Annual administration report of the Bombay Presidency - 1887-1892
Year: 1887
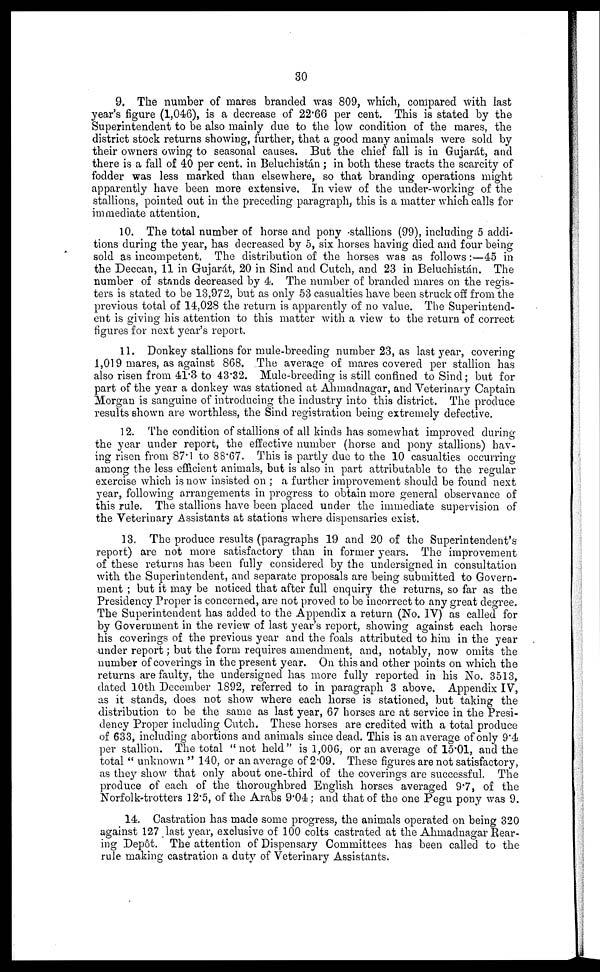
30
9. The number of mares branded was 809, which, compared with last
year's figure (1,046), is a decrease of 22.66 per cent. This is stated by the
Superintendent to be also mainly due to the low condition of the mares, the
district stock returns showing, further, that a good many animals were sold by
their owners owing to seasonal causes. But the chief fall is in Gujarát, and
there is a fall of 40 per cent. in Beluchistán; in both these tracts the scarcity of
fodder was less marked than elsewhere, so that branding operations might
apparently have been more extensive. In view of the under-working of the
stallions, pointed out in the preceding paragraph, this is a matter which calls for
immediate attention.
10. The total number of horse and pony stallions (99), including 5 addi-
tions during the year, has decreased by 5, six horses having died and four being
sold as incompetent. The distribution of the horses was as follows:—45 in
the Deccan, 11 in Gujarát, 20 in Sind and Cutch, and 23 in Beluchistán. The
number of stands decreased by 4. The number of branded mares on the regis-
ters is stated to be 13,972, but as only 53 casualties have been struck off from the
previous total of 14,028 the return is apparently of no value. The Superintend-
ent is giving his attention to this matter with a view to the return of correct
figures for next year's report.
11. Donkey stallions for mule-breeding number 23, as last year, covering
1,019 mares, as against 868. The average of mares covered per stallion has
also risen from 41.3 to 43.32. Mule-breeding is still confined to Sind; but for
part of the year a donkey was stationed at Ahmadnagar, and Veterinary Captain
Morgan is sanguine of introducing the industry into this district. The produce
results shown are worthless, the Sind registration being extremely defective.
12. The condition of stallions of all kinds has somewhat improved during
the year under report, the effective number (horse and pony stallions) hav-
ing risen from 87.1 to 88.67. This is partly due to the 10 casualties occurring
among the less efficient animals, but is also in part attributable to the regular
exercise which is now insisted on; a further improvement should be found next
year, following arrangements in progress to obtain more general observance of
this rule. The stallions have been placed under the immediate supervision of
the Veterinary Assistants at stations where dispensaries exist.
13. The produce results (paragraphs 19 and 20 of the Superintendent's
report) are not more satisfactory than in former years. The improvement
of these returns has been fully considered by the undersigned in consultation
with the Superintendent, and separate proposals are being submitted to Govern-
ment; but it may be noticed that after full enquiry the returns, so far as the
Presidency Proper is concerned, are not proved to be incorrect to any great degree.
The Superintendent has added to the Appendix a return (No. IV) as called for
by Government in the review of last year's report, showing against each horse
his coverings of the previous year and the foals attributed to him in the year
under report; but the form requires amendment, and, notably, now omits the
number of coverings in the present year. On this and other points on which the
returns are faulty, the undersigned has more fully reported in his No. 3513,
dated 10th December 1892, referred to in paragraph 3 above. Appendix IV,
as it stands, does not show where each horse is stationed, but taking the
distribution to be the same as last year, 67 horses are at service in the Presi-
dency Proper including Cutch. These horses are credited with a total produce
of 633, including abortions and animals since dead. This is an average of only 9.4
per stallion. The total "not held" is 1,006, or an average of 15.01, and the
total "unknown" 140, or an average of 2.09. These figures are not satisfactory,
as they show that only about one-third of the coverings are successful. The
produce of each of the thoroughbred English horses averaged 9.7, of the
Norfolk-trotters 12.5, of the Arabs 9.04; and that of the one Pegu pony was 9.
14. Castration has made some progress, the animals operated on being 320
against 127 last year, exclusive of 100 colts castrated at the Ahmadnagar Rear-
ing Depôt. The attention of Dispensary Committees has been called to the
rule making castration a duty of Veterinary Assistants,